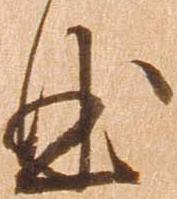
曲